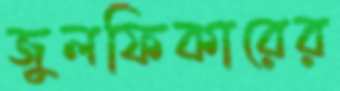
জুলফিকারের